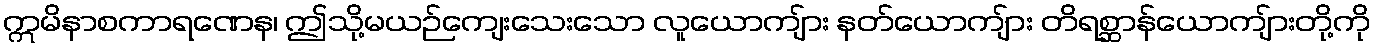
ဣမိနာစကာရဏေန၊ ဤသို့မယဉ်ကျေးသေးသော လူယောကျ်ား နတ်ယောကျ်ား တိရစ္ဆာန်ယောကျ်ားတို့ကို